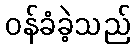
ဝန်ခံခဲ့သည်